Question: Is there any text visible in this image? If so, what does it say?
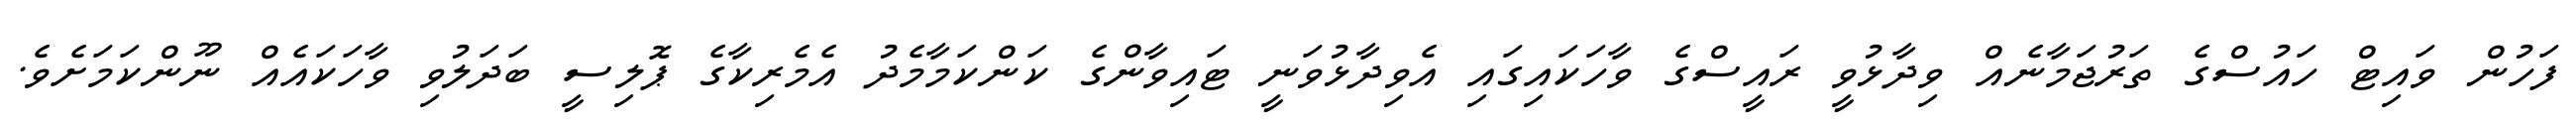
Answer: ފަހުން ވައިޓް ހައުސްގެ ތަރުޖަމާނެއް ވިދާޅުވީ ރައީސްގެ ވާހަކައިގައި އެވިދާޅުވަނީ ޓައިވާންގެ ކަންކަމާމެދު އެމެރިކާގެ ޕޮލިސީ ބަދަލުވި ވާހަކައެއް ނޫންކަމަށެވެ.